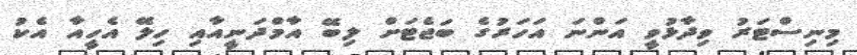
މިނިސްޓަރު ވިދާޅުވީ އަންނަ އަހަރުގެ ބަޖެޓަށް ލިބޭ އާމްދަނީއާއި ހިލޭ އެހީއާ އެކު